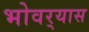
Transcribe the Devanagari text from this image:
भोवर्‍यास